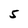
Character: 5